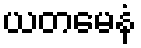
ယတမေနံ